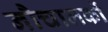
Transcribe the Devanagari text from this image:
नौचालकों